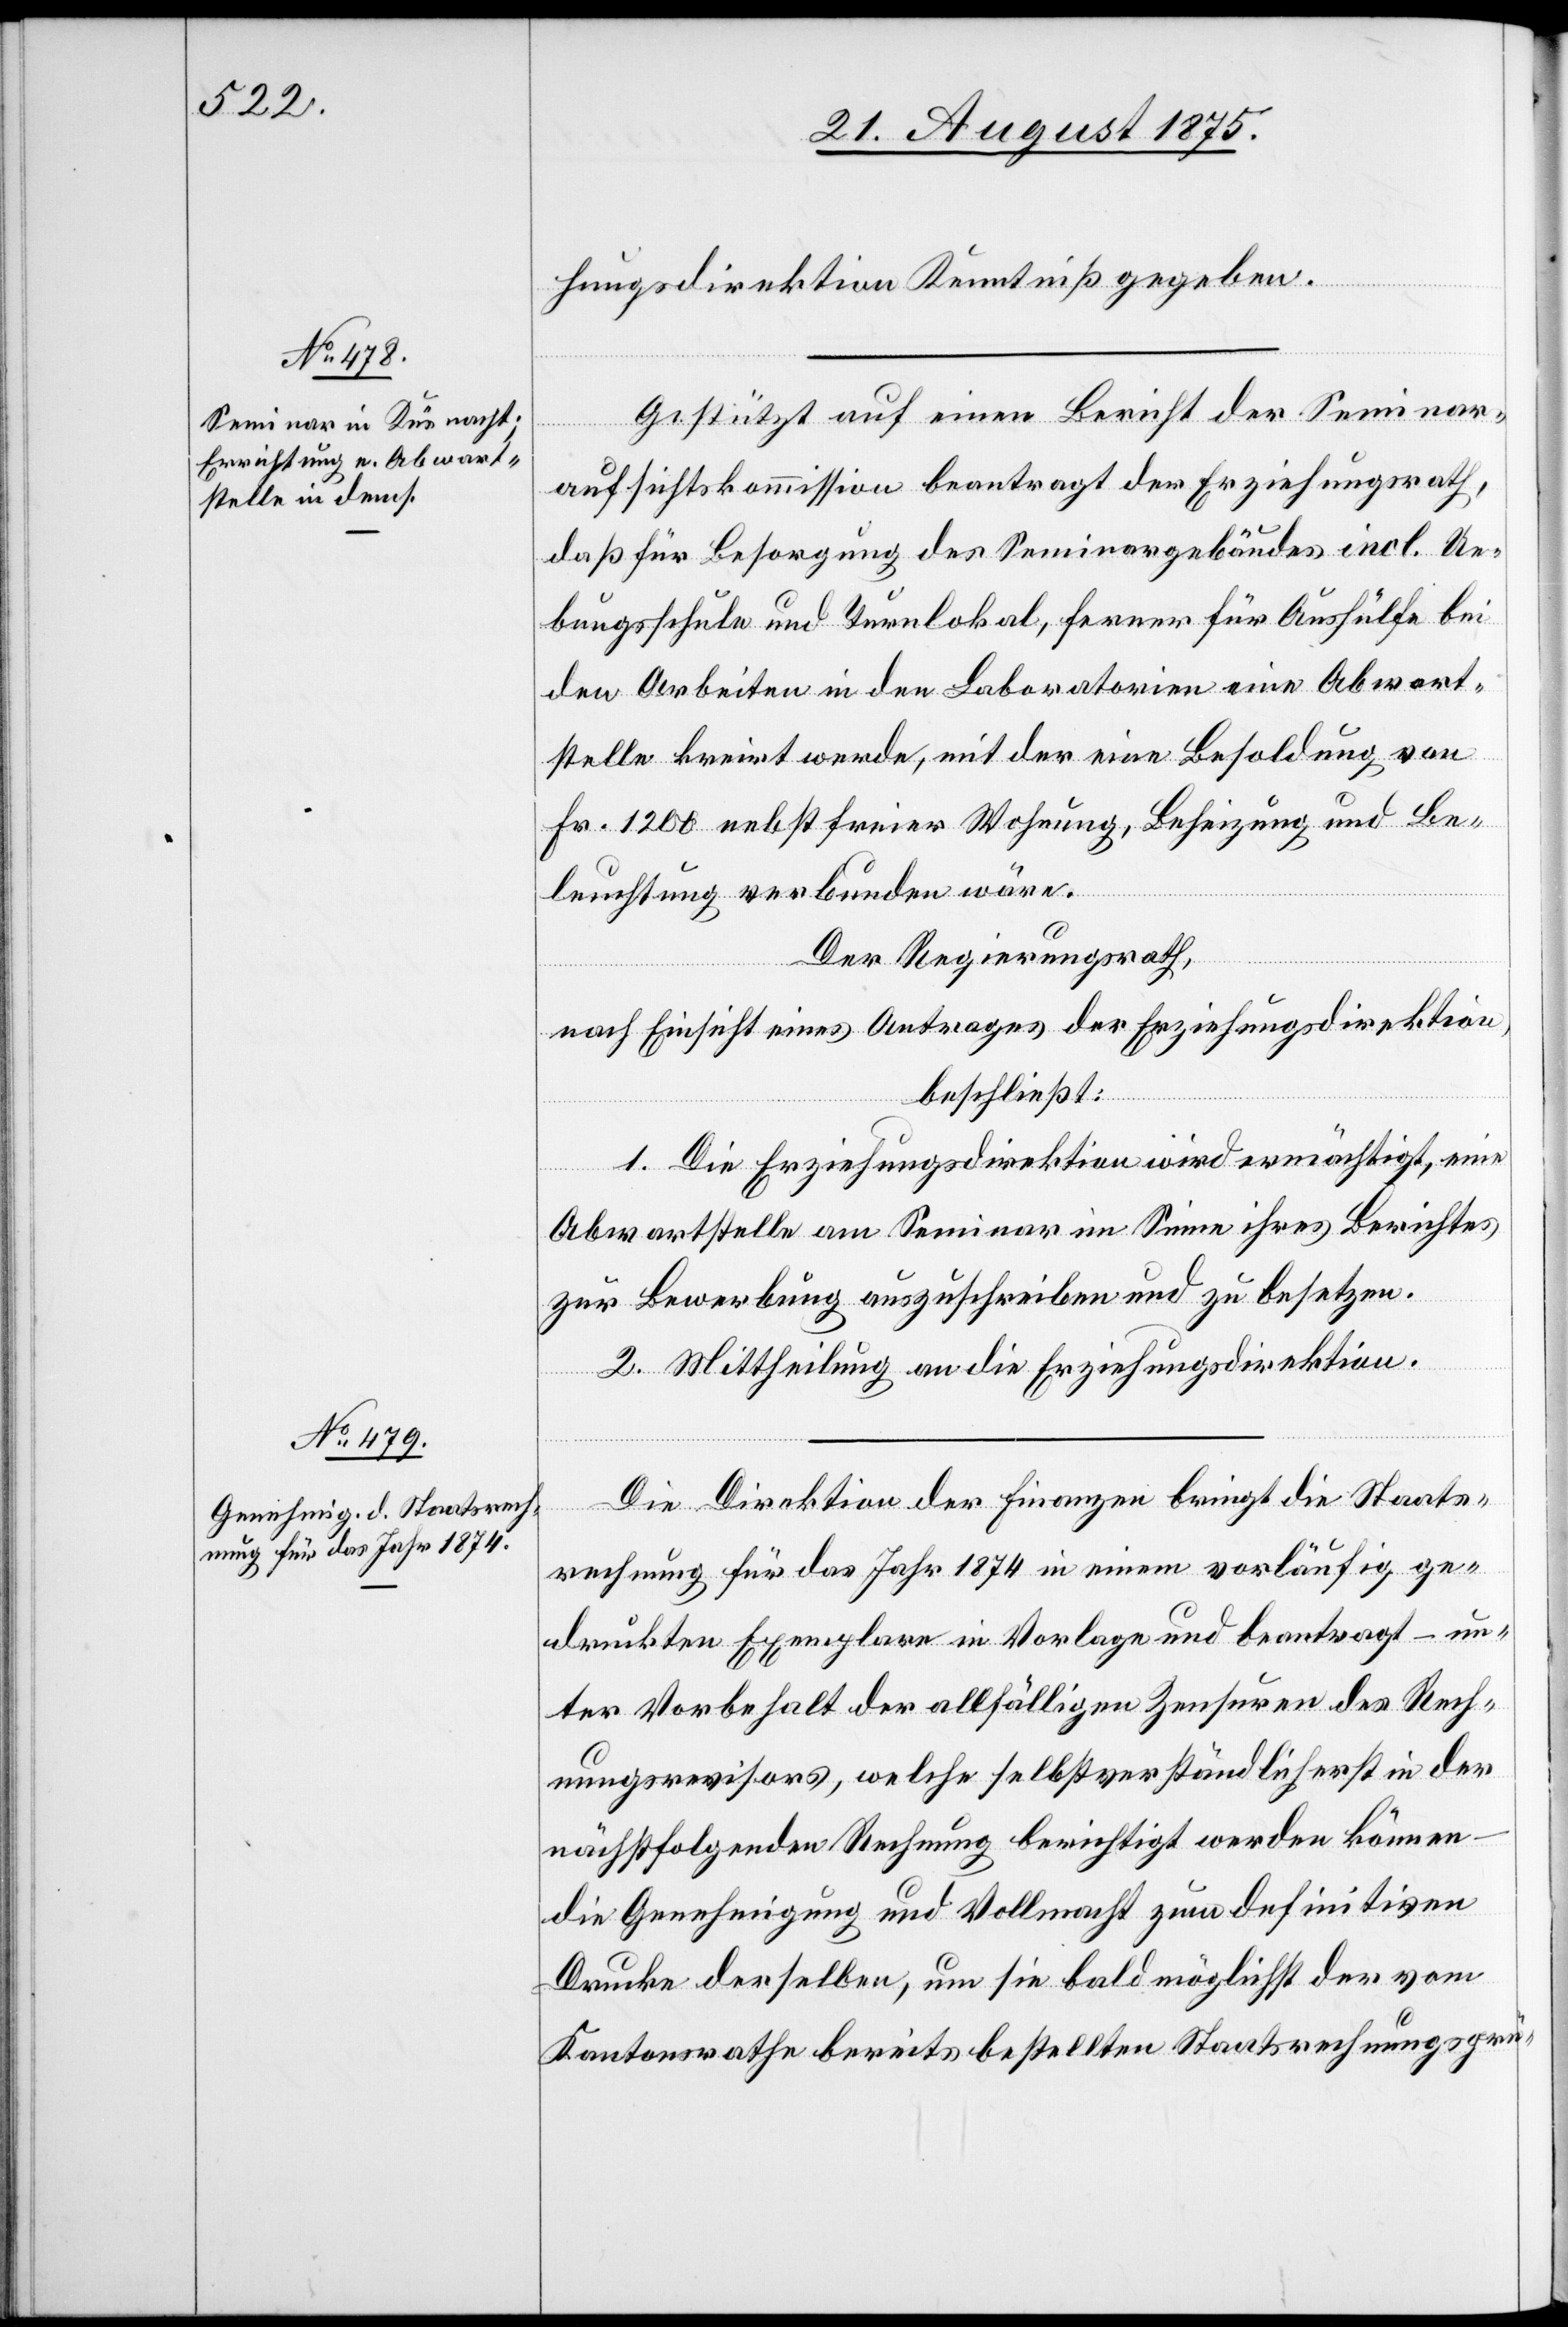
hungsdirektion Kenntniß gegeben.
Gestützt auf einen Bericht der Seminar¬
aufsichtskommission beantragt der Erziehungsrath,
daß für Besorgung des Seminargebäudes incl. Ue¬
bungsschule und Turnlokal, ferner für Aushülfe bei
den Arbeiten in den Laboratorien eine Abwart¬
stelle kreirt werde, mit der eine Besoldung von
Fr. 1200 nebst freier Wohnung, Beheizung und Be¬
leuchtung verbunden wäre.
Der Regierungsrath,
nach Einsicht eines Antrages der Erziehungsdirektion,
beschließt:
1. Die Erziehungsdirektion wird ermächtigt, eine
Abwartstelle am Seminar im Sinne ihres Berichtes
zur Bewerbung auszuschreiben und zu besetzen.
2. Mittheilung an die Erziehungsdirektion.
Die Direktion der Finanzen bringt die Staats¬
rechnung für das Jahr 1874 in einem vorläufig ge¬
druckten Exemplare in Vorlage und beantragt – un¬
ter Vorbehalt der allfälligen Zensuren des Rech¬
nungsrevisors, welche selbstverständlich erst in der
nächstfolgenden Rechnung berichtigt werden können
die Genehmigung und Vollmacht zum definitiven
Drucke derselben, um sie bald möglichst der vom
Kantonsrathe bereits bestellten Staatsrechnungsprü-